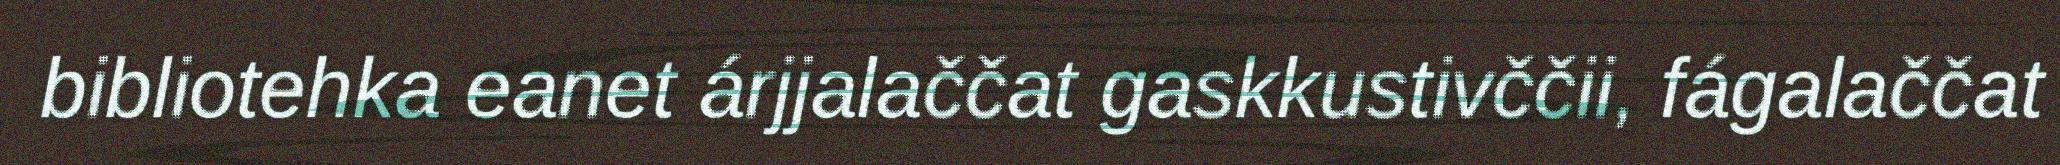
bibliotehka eanet árjjalaččat gaskkustivččii, fágalaččat